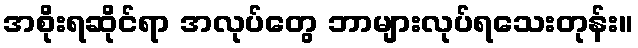
အစိုးရဆိုင်ရာ အလုပ်တွေ ဘာများလုပ်ရသေးတုန်း။